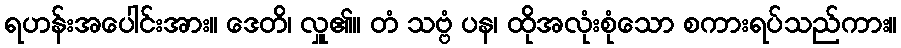
ရဟန်းအပေါင်းအား။ ဒေတိ၊ လှူ၏။ တံ သဗ္ဗံ ပန၊ ထိုအလုံးစုံသော စကားရပ်သည်ကား။